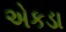
એકડા